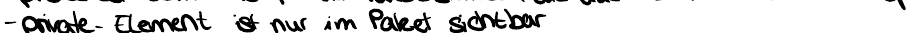
- private- Element ist nur im Paket sichtbar